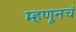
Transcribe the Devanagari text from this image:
म्हणूनचं